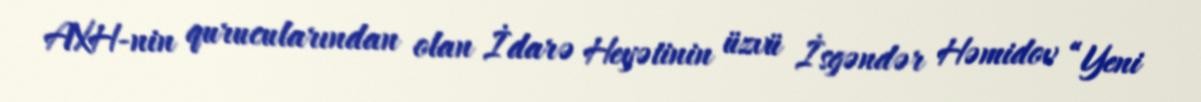
AXH-nin qurucularından olan İdarə Heyətinin üzvü İsgəndər Həmidov “Yeni